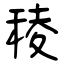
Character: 稜